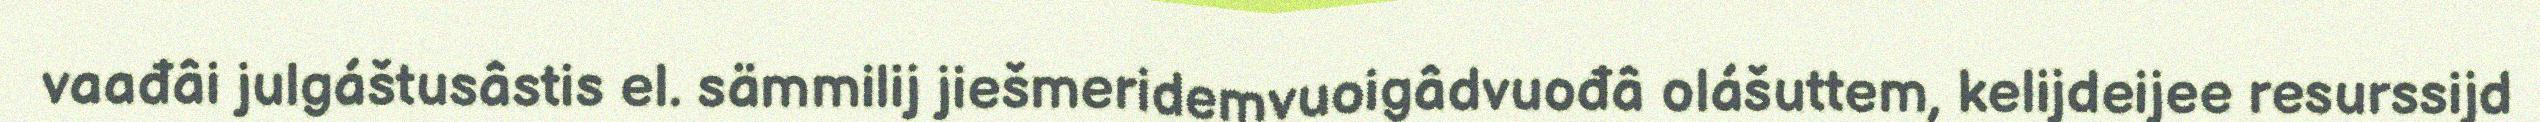
vaađâi julgáštusâstis el. sämmilij jiešmeridemvuoigâdvuođâ olášuttem, kelijdeijee resurssijd